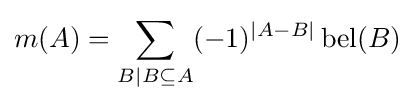
m(A)=\sum _{B\mid B\subseteq A}(-1)^{|A-B|}\operatorname {bel} (B)